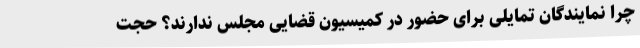
چرا نمایندگان تمایلی برای حضور در کمیسیون قضایی مجلس ندارند؟ حجت